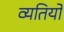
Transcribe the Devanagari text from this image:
व्यतियों